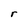
Character: r